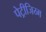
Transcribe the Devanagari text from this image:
पेट्रीजिय्म